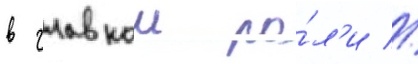
в главнои ро́л'и //